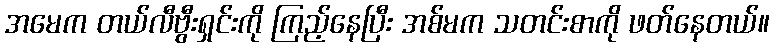
အမေက တယ်လီဗွီးရှင်းကို ကြည့်နေပြီး အစ်မက သတင်းစာကို ဖတ်နေတယ်။